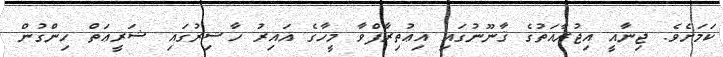
ކަމަށެވެ. ޖިނާއީ އިޖުރާއަތުގެ ޤާނޫނުގައި އިޢުތިރާފްވާ މީހާގެ ޣައިރު ހާޟިރުގައި ޝަރީޢަތް ހިންގުން